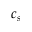
c _ { s }